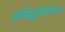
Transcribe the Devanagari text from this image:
प्रसिद्धीनंतरच